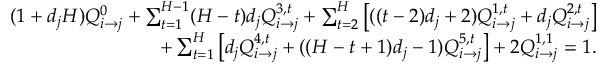
\begin{array} { r } { ( 1 + d _ { j } H ) Q _ { i \rightarrow j } ^ { 0 } + \sum _ { t = 1 } ^ { H - 1 } ( H - t ) d _ { j } Q _ { i \rightarrow j } ^ { 3 , t } + \sum _ { t = 2 } ^ { H } \left[ ( ( t - 2 ) d _ { j } + 2 ) Q _ { i \rightarrow j } ^ { 1 , t } + d _ { j } Q _ { i \rightarrow j } ^ { 2 , t } \right] } \\ { + \sum _ { t = 1 } ^ { H } \left[ d _ { j } Q _ { i \rightarrow j } ^ { 4 , t } + ( ( H - t + 1 ) d _ { j } - 1 ) Q _ { i \rightarrow j } ^ { 5 , t } \right] + 2 Q _ { i \rightarrow j } ^ { 1 , 1 } = 1 . } \end{array}